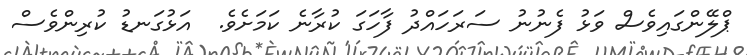
ޕްލޭންގައިވެސް ވަޅު ފެނުނު ސަރަހައްދު ފާހަގަ ކުރާނެ ކަމަށެވެ.  އަޅުގަނޑު ކުރިންވެސް